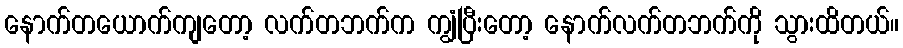
နောက်တယောက်ကျတော့ လက်တဘက်က ကျွံပြီးတော့ နောက်လက်တဘက်ကို သွားထိတယ်။